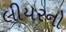
લીયરનો